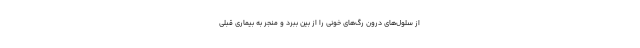
از سلول‌های درون رگ‌های خونی را از بین ببرد و منجر به بیماری قبلی